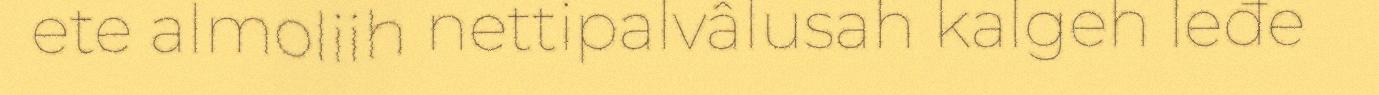
ete almoliih nettipalvâlusah kalgeh leđe